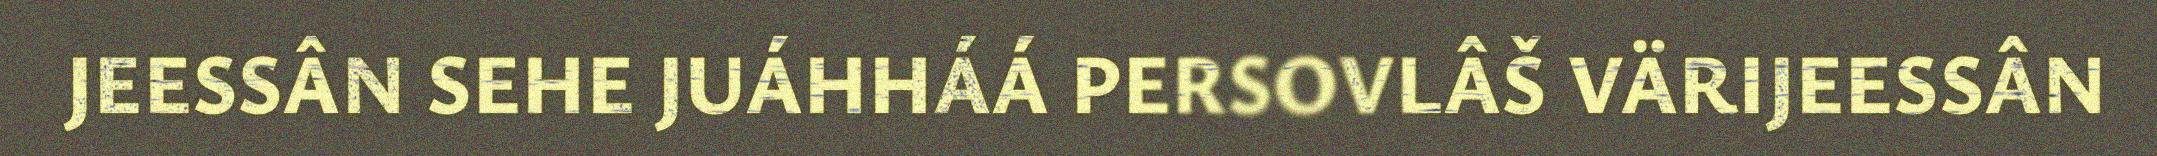
JEESSÂN SEHE JUÁHHÁÁ PERSOVLÂŠ VÄRIJEESSÂN